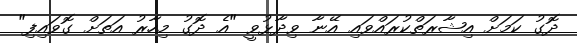
ދޮގު ކަމަށް އިޝާރަތްކުރައްވައި އޭނާ ވިދާޅުވީ "އެ ދޮގު މިހާރު އަތަށް ގޮވައިފި"